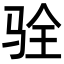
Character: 𩧴